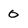
Character: 0